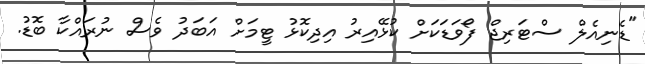
"ޑެނިއެލް ސްޓަރިޖް ފޯވަޑަކަށް ކުޅޭއިރު އިދިކޮޅު ޓީމަށް އަބަދު ވެސް ނުރައްކާ ބޮޑު.